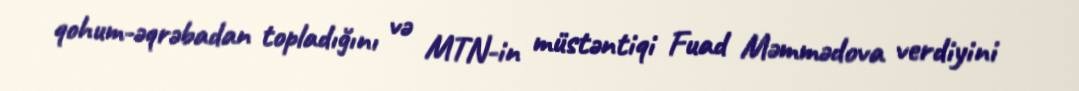
qohum-əqrəbadan topladığını və MTN-in müstəntiqi Fuad Məmmədova verdiyini